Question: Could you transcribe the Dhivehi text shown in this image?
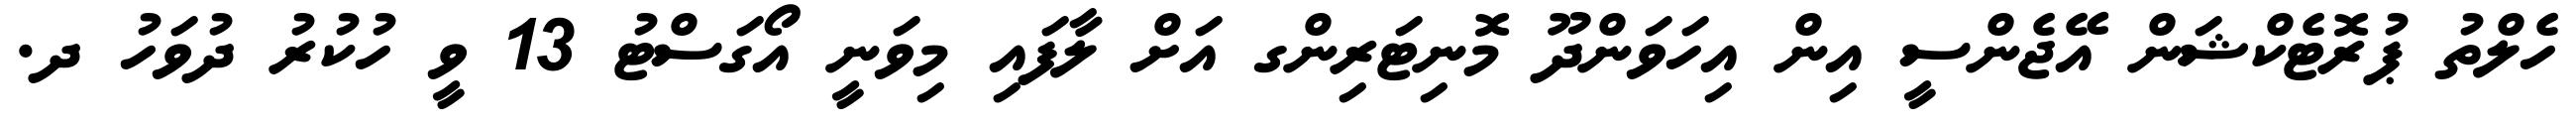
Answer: ހެލްތު ޕުރޮޓެކްޝަން އޭޖެންސީ އިން އިހަވަންދޫ މޮނިޓަރިންގ އަށް ލާފައި މިވަނީ އޯގަސްޓު 13 ވީ ހުކުރު ދުވަހު ދ.